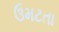
ઉમટતા